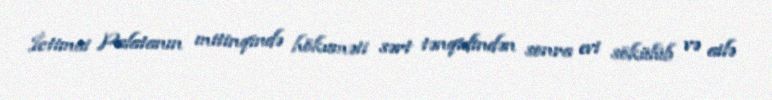
İctimai Palatanın mitinqində hökuməti sərt tənqidindən sonra evi sökülüb və ailə